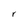
Character: r